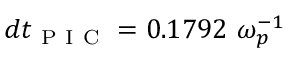
d t _ { \mathrm { ~ P ~ I ~ C ~ } } = 0 . 1 7 9 2 ~ \omega _ { p } ^ { - 1 }